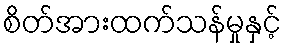
စိတ်အားထက်သန်မှုနှင့်